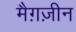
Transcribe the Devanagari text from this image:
मैग़ज़ीन